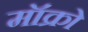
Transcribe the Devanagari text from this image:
मॉक्रो